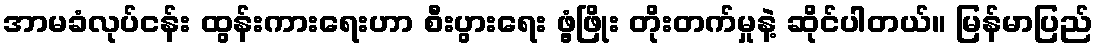
အာမခံလုပ်ငန်း ထွန်းကားရေးဟာ စီးပွားရေး ဖွံ့ဖြိုး တိုးတက်မှုနဲ့ ဆိုင်ပါတယ်။ မြန်မာပြည်